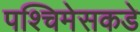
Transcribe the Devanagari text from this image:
पश्चिमेसकडे